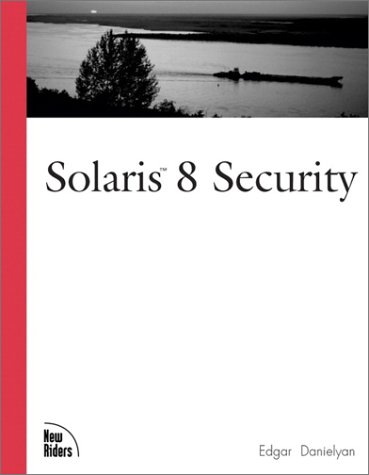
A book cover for Solaris 8 Security; Edgar Danielyan; Computers & Technology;